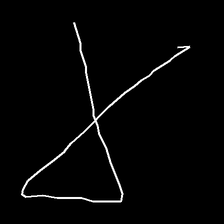
Glyph: collection